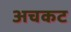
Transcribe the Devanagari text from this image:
अचकट